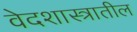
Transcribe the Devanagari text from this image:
वेदशास्त्रातील